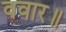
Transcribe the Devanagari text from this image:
ववार॥